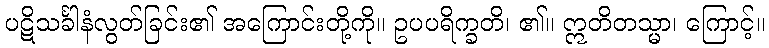
ပဋိသင်္ခါနံလွတ်ခြင်း၏ အကြောင်းတို့ကို။ ဥပပရိက္ခတိ၊ ၏။ ဣတိတသ္မာ၊ ကြောင့်။